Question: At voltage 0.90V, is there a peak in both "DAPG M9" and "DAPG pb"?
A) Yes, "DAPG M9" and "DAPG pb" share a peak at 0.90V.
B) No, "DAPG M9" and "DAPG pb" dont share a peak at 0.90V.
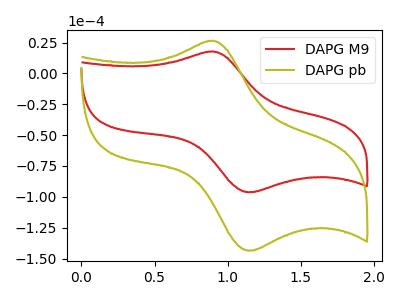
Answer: <think>The red curve "DAPG M9" has an anodic peak at (0.90V, 17.75uA) and a cathodic peak at (1.15V, -96.35uA). The olive curve "DAPG pb" has an anodic peak at (0.90V, 26.50uA) and a cathodic peak at (1.15V, -143.70uA).</think>
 <answer>A) Yes, "DAPG M9" and "DAPG pb" share a peak at 0.90V.</answer>
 <eval>A</eval>